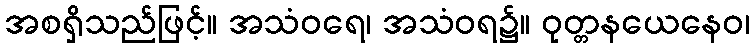
အစရှိသည်ဖြင့်။ အသံဝရေ၊ အသံဝရ၌။ ဝုတ္တနယေနေဝ၊